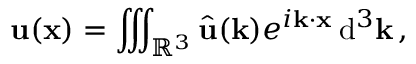
\mathbf { u } ( \mathbf { x } ) = \iiint _ { \mathbb { R } ^ { 3 } } { \hat { \mathbf { u } } } ( \mathbf { k } ) e ^ { i \mathbf { k \cdot x } } \, \mathrm { d } ^ { 3 } \mathbf { k } \, ,